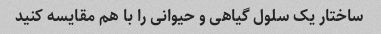
ساختار یک سلول گیاهی و حیوانی را با هم مقایسه کنید